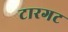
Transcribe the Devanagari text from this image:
टारगट